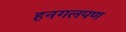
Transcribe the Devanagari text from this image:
हनगलपण